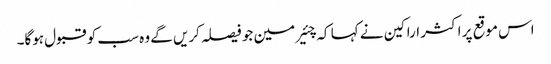
اس موقع پر اکثر اراکین نے کہا کہ چئیرمین جو فیصلہ کریں گے وہ سب کو قبول ہوگا۔